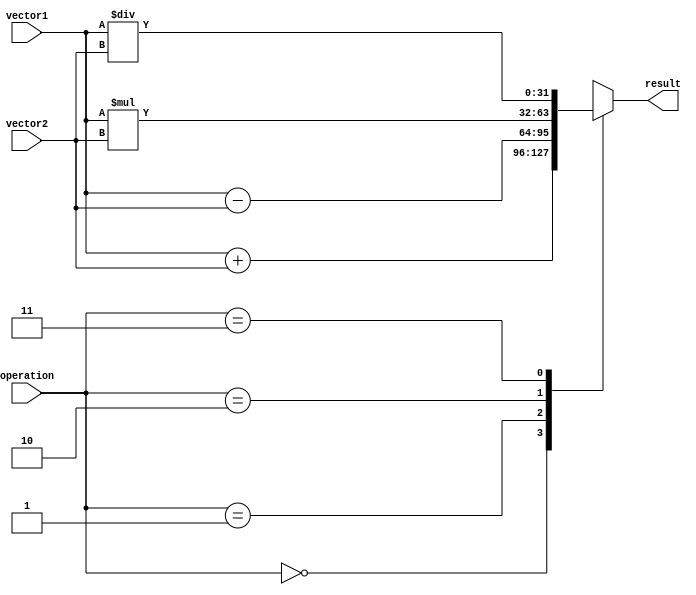
module Vector_ALU (
    input [31:0] vector1,
    input [31:0] vector2,
    input [1:0] operation, // 00 - addition, 01 - subtraction, 10 - multiplication, 11 - division
    output reg [31:0] result
);

always @(*) begin
    case(operation)
        2'b00: result = vector1 + vector2; // addition
        2'b01: result = vector1 - vector2; // subtraction
        2'b10: result = vector1 * vector2; // multiplication
        2'b11: result = vector1 / vector2; // division
        default: result = 32'b0; // default value
    endcase
end

endmodule